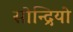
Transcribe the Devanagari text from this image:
सोन्द्रियो